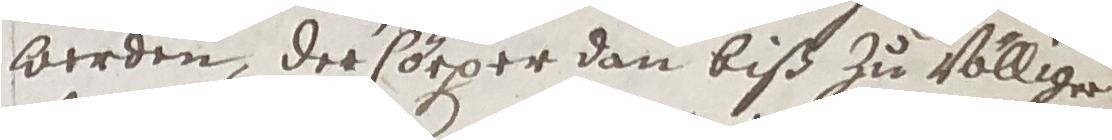
werden, der Cörper dan biß zu völlige